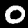
Digit: 0